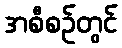
အစီစဉ်တွင်